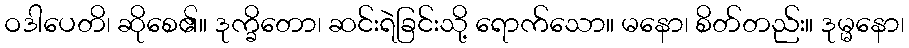
ဝဒါပေတိ၊ ဆိုစေ၏။ ဒုက္ခိတော၊ ဆင်းရဲခြင်းသို့ ရောက်သော။ မနော၊ စိတ်တည်း။ ဒုမ္မနော၊